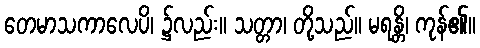
တေမာသကာလေပိ၊ ၌လည်း။ သတ္တာ၊ တို့သည်။ မရန္တိ၊ ကုန်၏။